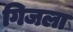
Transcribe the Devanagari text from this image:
गिजला